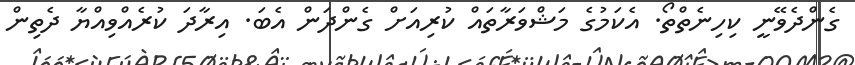
ގެންދެވޭނީ ކިހިނެތްތޯ. އެކަމުގެ މަޝްވަރާތައް ކުރިއަށް ގެންދަން އެބަ. އިރާދަ ކުރެއްވިއްޔާ ދެތިން